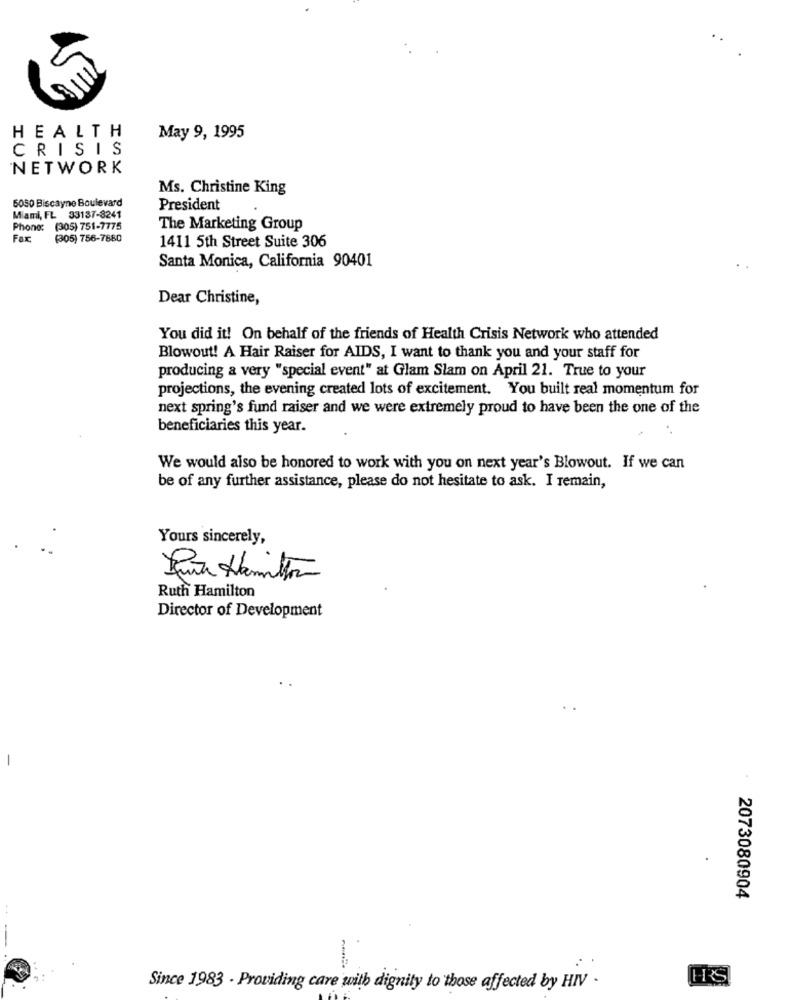
HEALTH
May 9, 1995
CRISIS
NETWORK
Ms. Christine King
5080 Biscayne Boulevard
President
Miami, FL 33137-8241
Phone: (305) 751-7775
The Marketing Group
Fax,
(305) 756-7880
1411 5th Street Suite 306
Santa Monica, California 90401
Dear Christine,
You did it! On behalf of the friends of Health Crisis Network who attended
Blowout! A Hair Raiser for AIDS, I want to thank you and your staff for
producing a very "special event" at Glam Slam on April 21. True to your
projections, the evening created lots of excitement. You built real momentum for
next spring's fund raiser and we were extremely proud to have been the one of the
beneficiaries this year.
We would also be honored to work with you on next year's Blowout. If we can
be of any further assistance, please do not hesitate to ask. I remain,
Yours sincerely,
Ruth Hamilton
Director of Development
-
2073080904
. .
H'S
Since 1983 - Providing care with dignity to those affected by HIV -